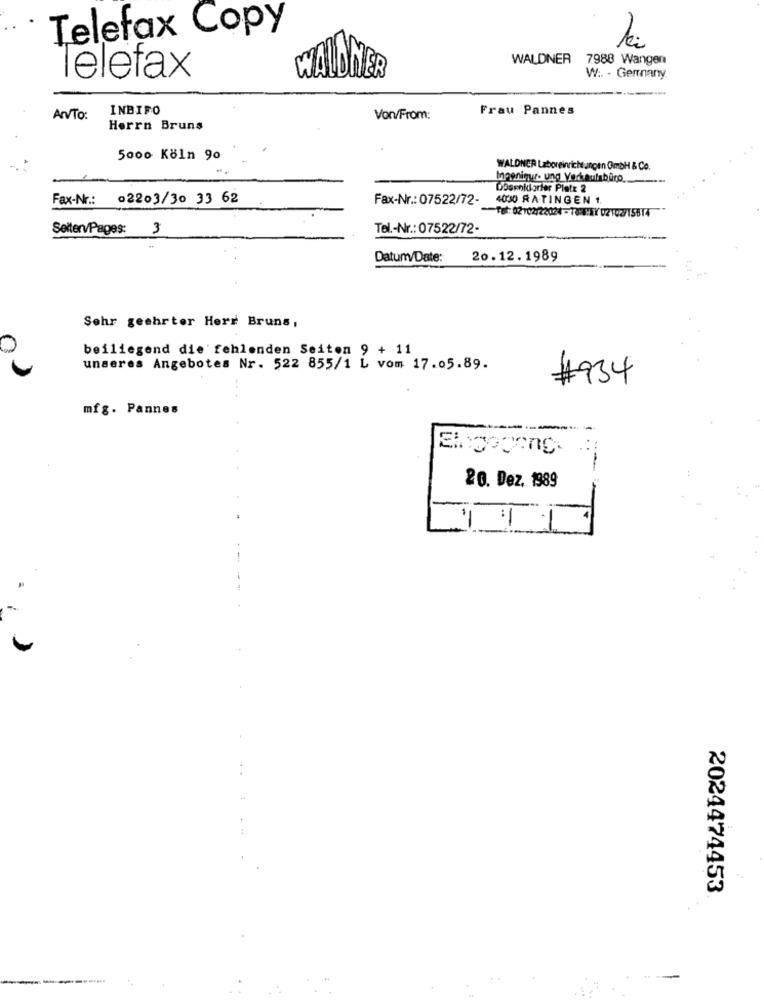
Telefax Copy
WALDNER 7988 Wangen
Telefax
W
W :. - Gerrnany
INBIFO
Frau Pannes
ArvTo:
Von/From:
Herrn Bruns
5000 Köln 90
WALDNER Laboreinrichtungen Gmbh & Co.
Ingeninur- und_Verkaufsburo
Dospoidorfer Platz 2
Fax-Nr .: 02203/30 33 62
Fax-Nr .: 07522/72-
4000 RATINGEN 1.
Tat: 02102/22024 - TOHIY 02102/15514
Setter/Pages: 3
Tel .- Nr .: 07522/72-
Datum/Date:
20.12. 1989
Sehr geehrter Herr Bruns,
beiliegend die fehlenden Seiton 9 + 11
unseres Angebotes Nr. 522 855/1 L vom 17.05.89.
#934
mfg. Pannes
----
..
--
20. Dez. 1989
.. ...
2024474453